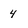
Character: 4